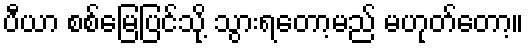
ပီယာ စစ်မြေပြင်သို့ သွားရတော့မည် မဟုတ်တော့။